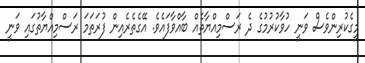
މީގެކުރިންވެސް ވަނީ ހުވާކުރުމުގެ ދެ ރަސްމިއްޔާތެއް ބާއްވާފައެވެ. އޭގެތެރެއިން ފުރަތަމަ ރަސްމިއްޔާތުގައި ވަނީ